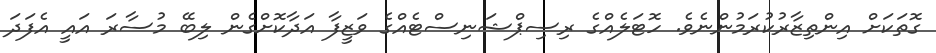
ގޮތަކަށް އިންތިޒާރުކުރަމުންނެވެ. ހޮޓަލެއްގެ ރިސިޕްޝަނިސްޓެއްގެ ވަޒީފާ އަދާކޮށްގެން ލިބޭ މުސާރަ އައީ އެފަދަ